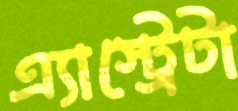
এ্যাস্ট্রেটা